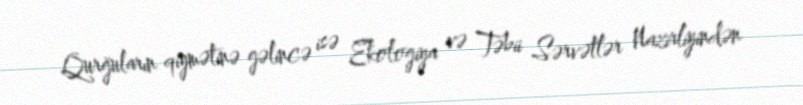
Qurğuların qiymətinə gəlincə isə Ekologiya və Təbii Sərvətlər Nazirliyindən